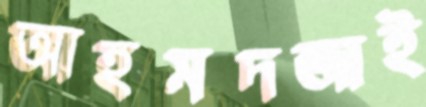
আহমদজাই